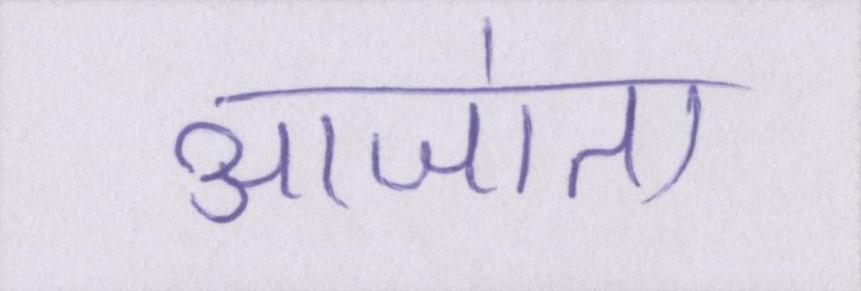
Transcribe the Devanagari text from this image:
आजा॑ता